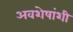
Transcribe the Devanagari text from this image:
अवशेषांशी